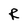
Character: R